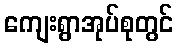
ကျေးရွာအုပ်စုတွင်